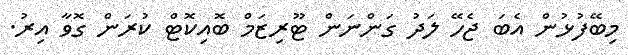
މިބޭފުޅުން އެބަ ޖެހޭ ލަދު ގަންނަން ޓޫރިޒަމް ބޮއިކޮޓް ކުރަން ގޮވާ އިރު.